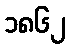
၁၈၆၂